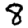
Digit: 8